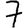
Digit: 7